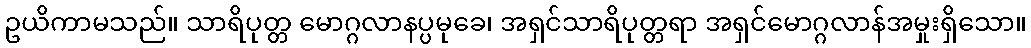
ဥယိကာမသည်။ သာရိပုတ္တ မောဂ္ဂလာနပ္ပမုခေ၊ အရှင်သာရိပုတ္တရာ အရှင်မောဂ္ဂလာန်အမှုးရှိသော။